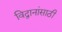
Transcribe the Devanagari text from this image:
विद्वानांसाठी